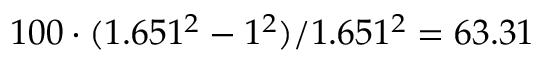
1 0 0 \cdot { } ( 1 . 6 5 1 ^ { 2 } - 1 ^ { 2 } ) / 1 . 6 5 1 ^ { 2 } = 6 3 . 3 1